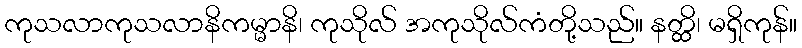
ကုသလာကုသလာနိကမ္မာနိ၊ ကုသိုလ် အကုသိုလ်ကံတို့သည်။ နတ္ထိ၊ မရှိကုန်။